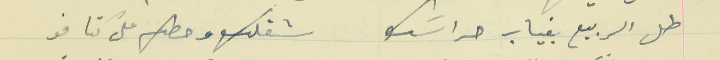
طل الربيع بغياب حراسَك                                  شقلك وحطك على كتافو